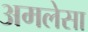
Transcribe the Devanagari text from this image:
अमलेसा